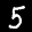
Label: 5